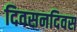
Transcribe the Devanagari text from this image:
दिवसनदिवस